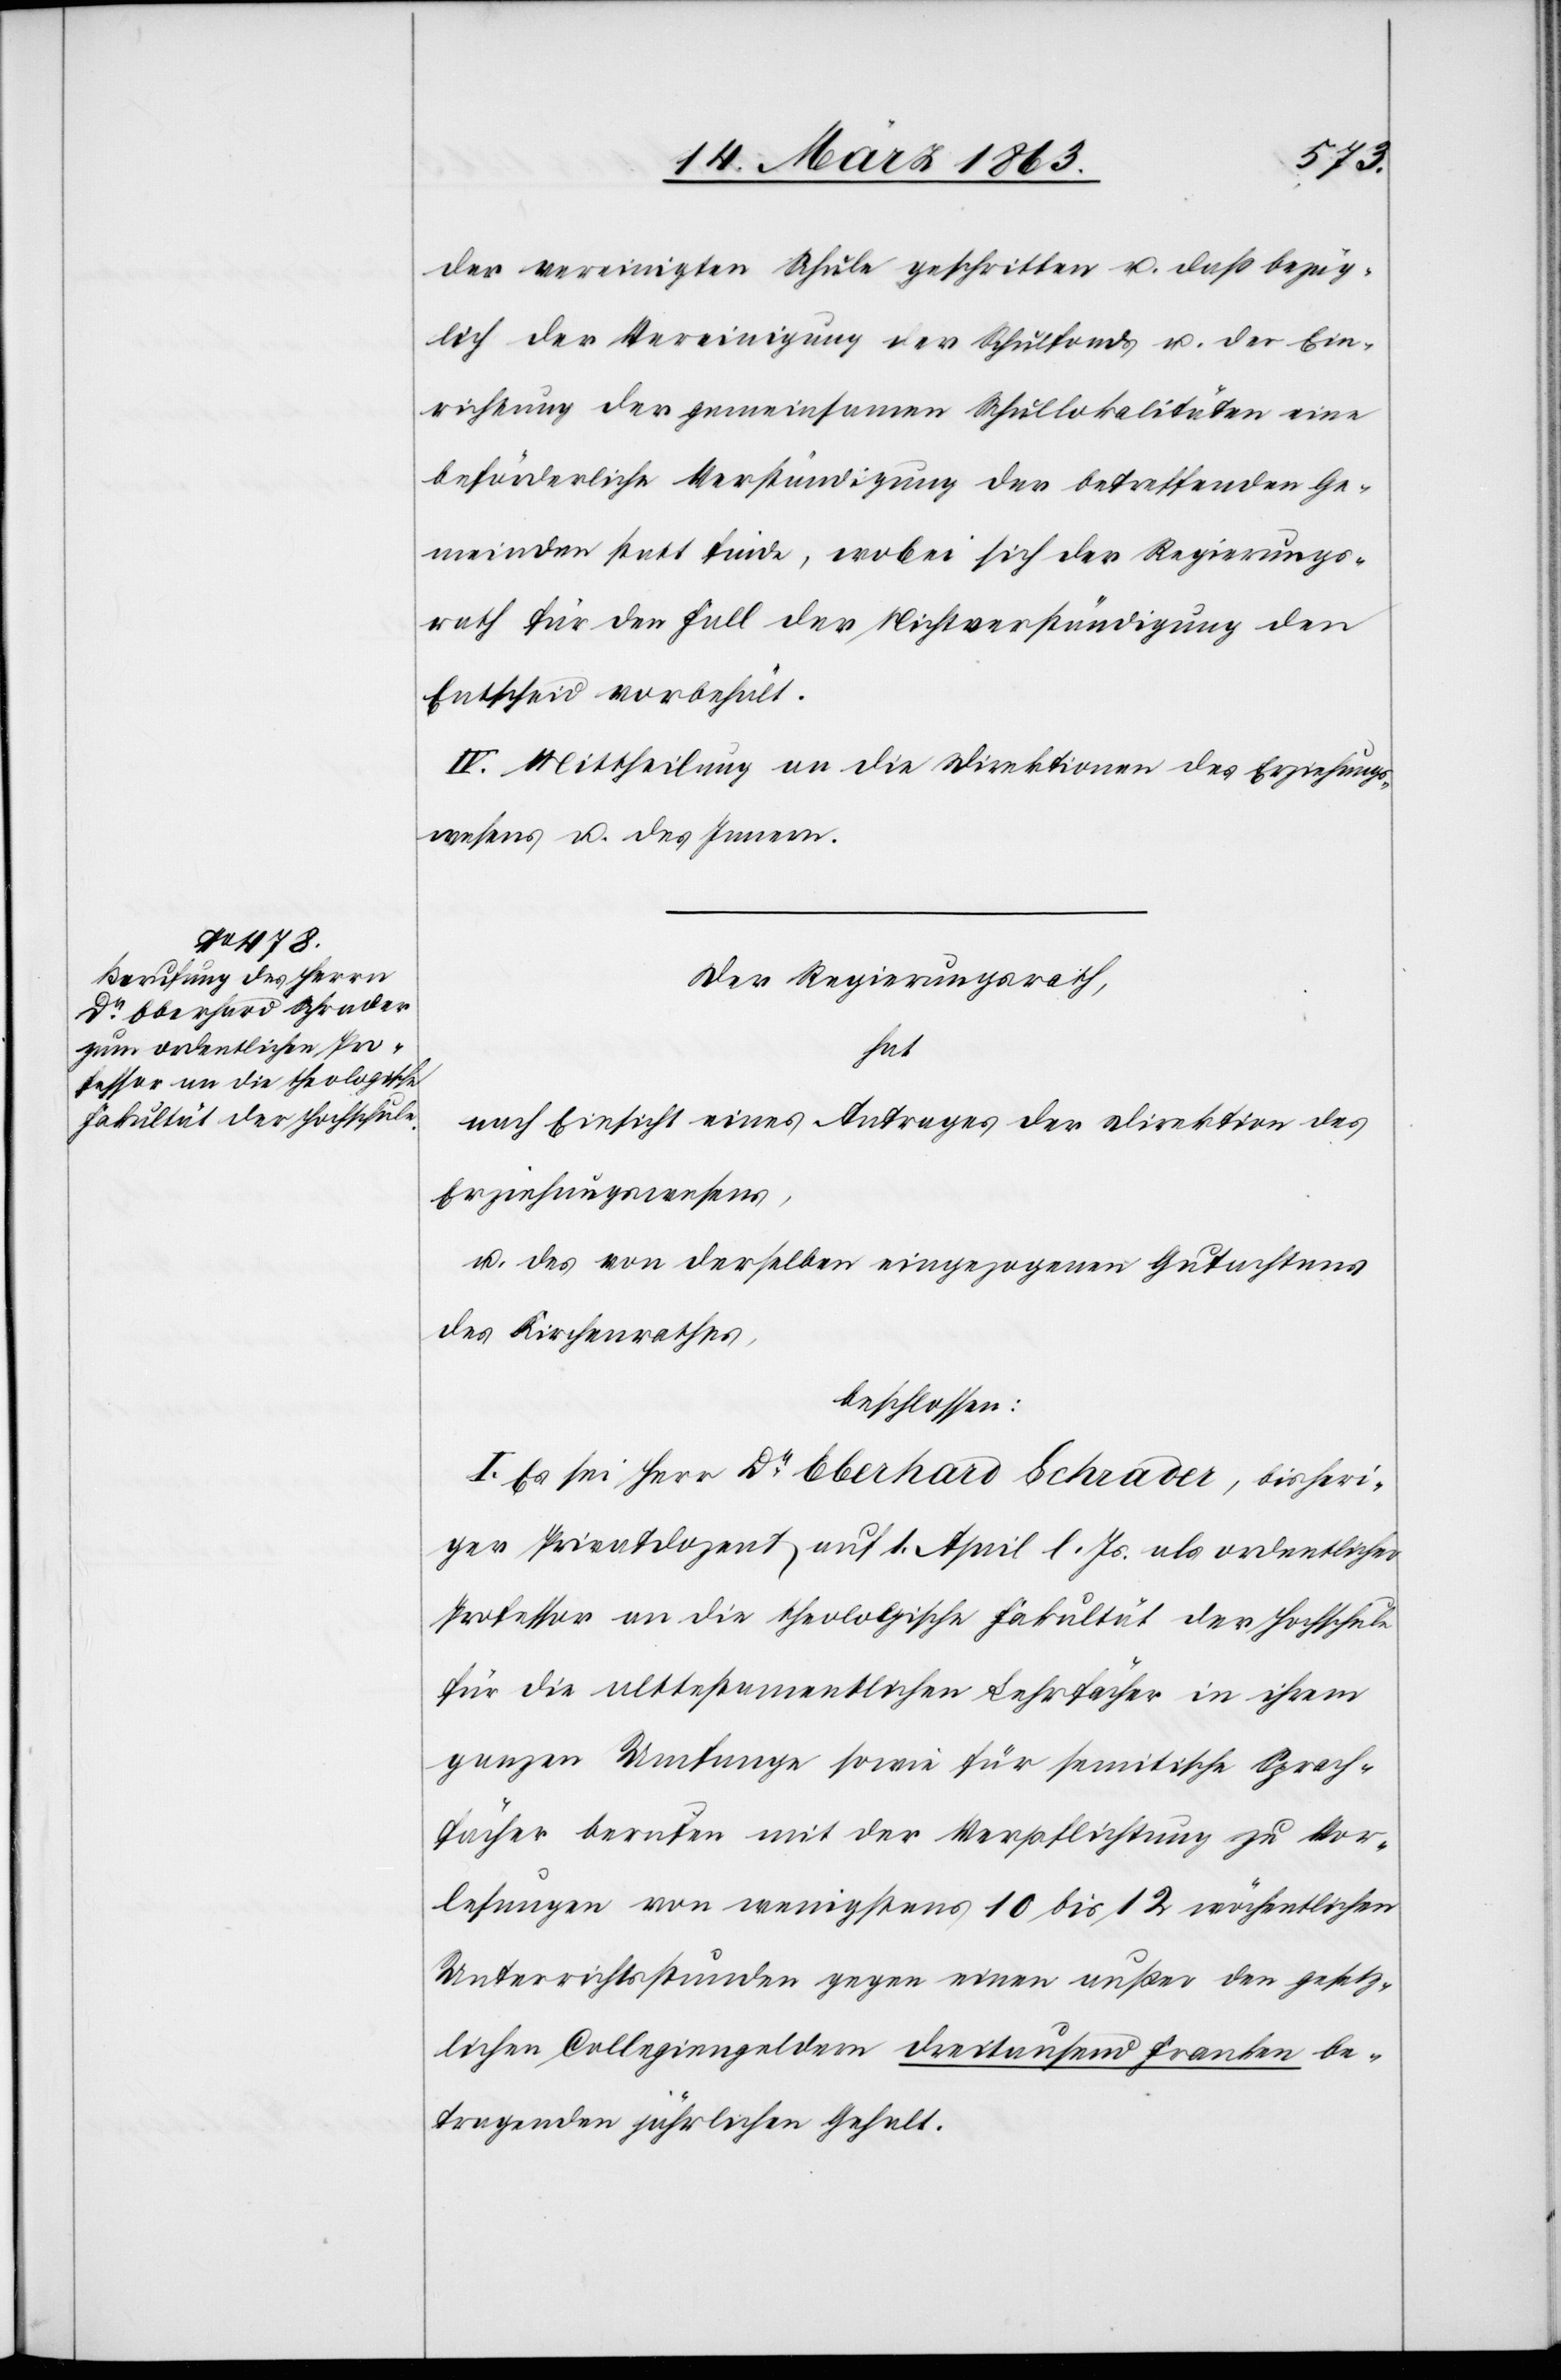
der vereinigten Schule geschritten u. daß bezüg¬
lich der Vereinigung der Schulfonds u. der Ein¬
richtung der gemeinsamen Schullokalitäten eine
beförderliche Verständigung der betreffenden Ge¬
meinden statt finde, wobei sich der Regierungs¬
rath für den Fall der Nichtverständigung den
Entscheid vorbehält.
IV. Mittheilung an die Direktionen des Erziehungs¬
wesens u. des Innern.
Der Regierungsrath,
hat
nach Einsicht eines Antrages der Direktion des
Erziehungswesens,
u. des von derselben eingezogenen Gutachtens
des Kirchenrathes,
beschlossen:
I. Es sei Herr Dr Eberhard Schrader, bisheri¬
ger Privatdozent auf 1. April l. Js. als ordentlicher
Professor an die theologische Fakultät der Hochschule
für die alttestamentlichen Lehrfächer in ihrem
ganzen Umfange sowie für semitische Sprach¬
fächer berufen mit der Verpflichtung zu Vor¬
lesungen von wenigstens 10 bis 12 wöchentlichen
Unterrichtsstunden gegen einen außer den gesetz¬
lichen Collegiengeldern dreitausend Franken be¬
tragenden jährlichen Gehalt.